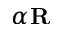
\alpha \mathbf { R }